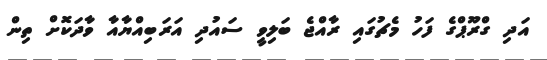
އަދި ގްރޫޕްގެ ފަހު މެޗުގައި ރާއްޖެ ބަލިވީ ސައުދި އަރަބިއްޔާއާ ވާދަކޮށް ތިން